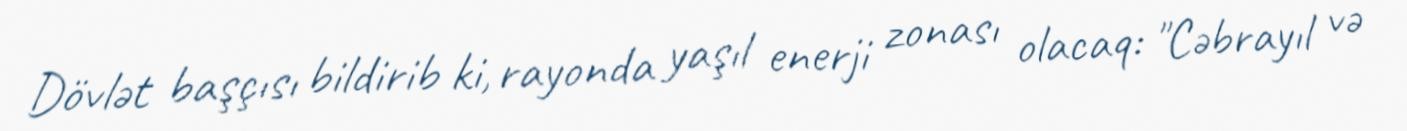
Dövlət başçısı bildirib ki, rayonda yaşıl enerji zonası olacaq: "Cəbrayıl və